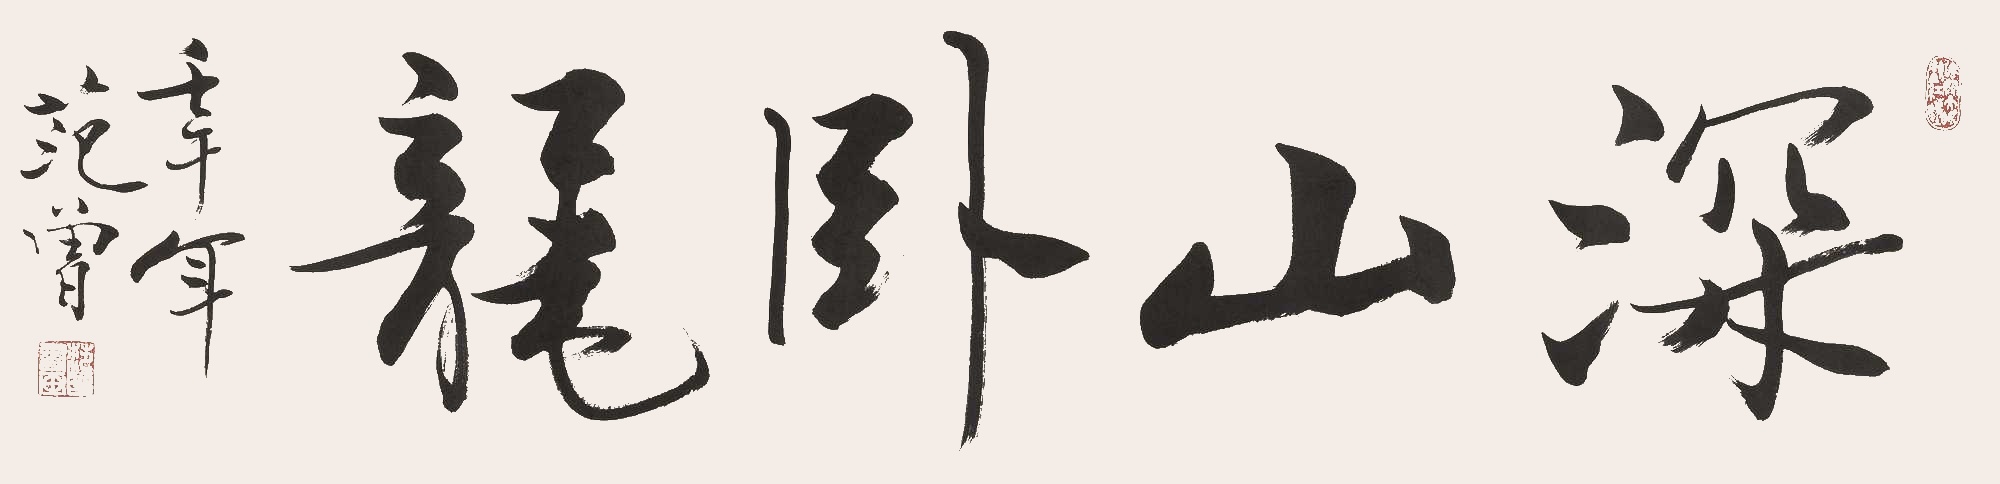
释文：深山卧龙壬午年，范曾。